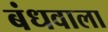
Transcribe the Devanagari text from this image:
बंधवाला